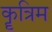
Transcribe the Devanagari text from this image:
कॄत्रिम